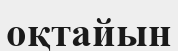
оқтайын